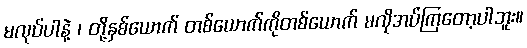
မလုပ်ပါနဲ့ ၊ တို့နှစ်ယောက် တစ်ယောက်ကိုတစ်ယောက် မလိုအပ်ကြတော့ပါဘူး။